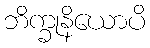
ဘိက္ခုနိယောပိ